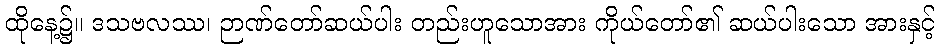
ထိုနေ့၌။ ဒသဗလဿ၊ ဉာဏ်တော်ဆယ်ပါး တည်းဟူသောအား ကိုယ်တော်၏ ဆယ်ပါးသော အားနှင့်